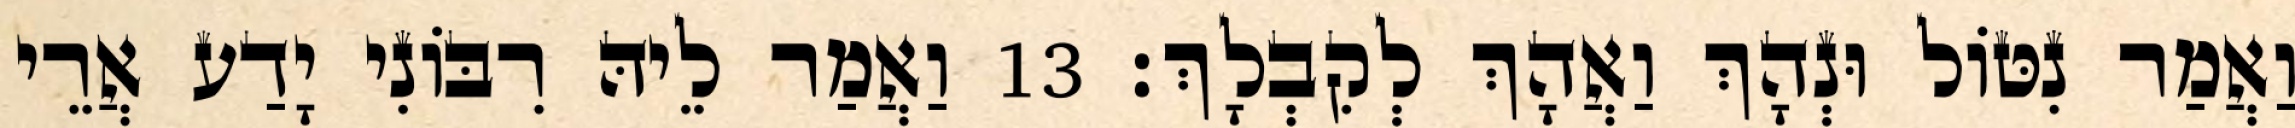
וַאֲמַר נִטּוֹל וּנְהָךְ וַאֲהָךְ לְקִבְלָךְ׃ 13 וַאֲמַר לֵיהּ רִבּוֹנִי יָדַע אֲרֵי